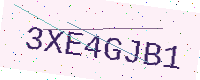
Text: 3XE4GJB1